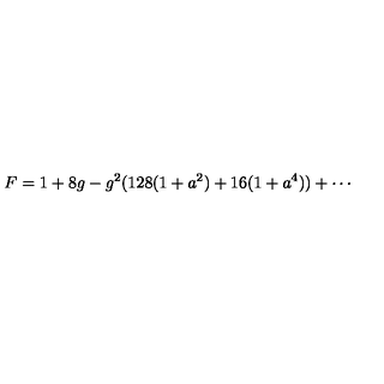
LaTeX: F = 1 + 8 g - g ^ { 2 } ( 1 2 8 ( 1 + a ^ { 2 } ) + 1 6 ( 1 + a ^ { 4 } ) ) + \cdots